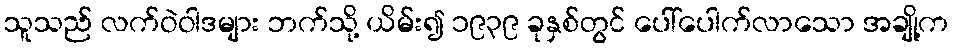
သူသည် လက်ဝဲဝါဒများ ဘက်သို့ ယိမ်း၍ ၁၉၃၉ ခုနှစ်တွင် ပေါ်ပေါက်လာသော အချို့က